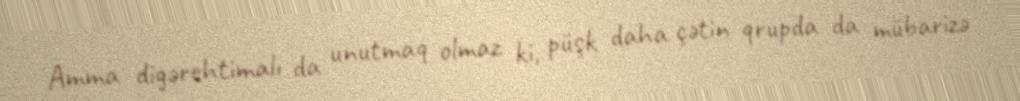
Amma digərehtimalı da unutmaq olmaz ki, püşk daha çətin qrupda da mübarizə